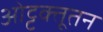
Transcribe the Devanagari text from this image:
ओट्टक्तूतन